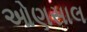
ઓણસાલ